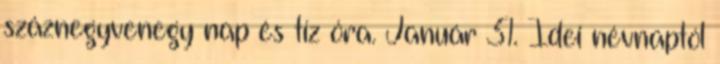
száznegyvenegy nap és tíz óra. Január 31. Idei névnaptól